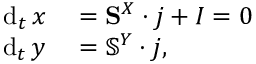
\begin{array} { r l } { \mathrm { d } _ { t } \, x } & { { } = { \mathbf S } ^ { X } \cdot \boldsymbol { j } + I = 0 } \\ { \mathrm { d } _ { t } \, \boldsymbol { y } } & { { } = \mathbb { S } ^ { Y } \cdot \boldsymbol { j } , } \end{array}